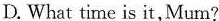
D.What time is it, Mum?